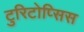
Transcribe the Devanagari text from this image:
टुरिटोप्सिस